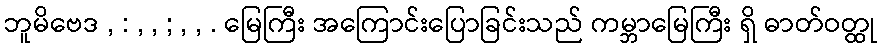
ဘူမိဗေဒ , : , , ; , , . မြေကြီး အကြောင်းပြောခြင်းသည် ကမ္ဘာမြေကြီး ရှိ ဓာတ်ဝတ္ထု